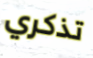
تذكري